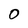
Character: 0